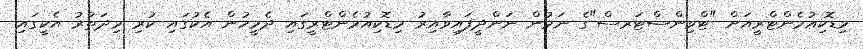
މިޑޮކިއުމެންޓްރީއަށް "ޓްވިންސްޓަރސް"ގެ ނަމުން ނަންދީފައިވާއިރު މިޑޮކިއުމެންޓްރީގައި ދެމީހުން އެކުގައި ކުރި މިދަތުރު އެކީގައި